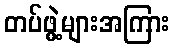
တပ်ဖွဲ့များအကြား